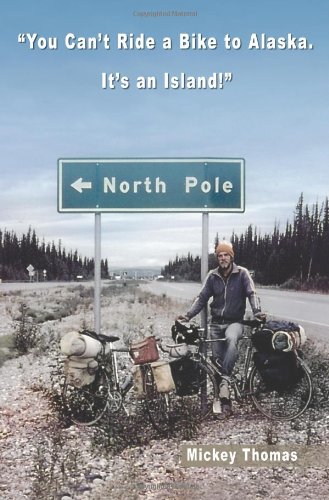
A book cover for You Can't Ride a Bike to Alaska. It's an Island!; Mickey Thomas; Travel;